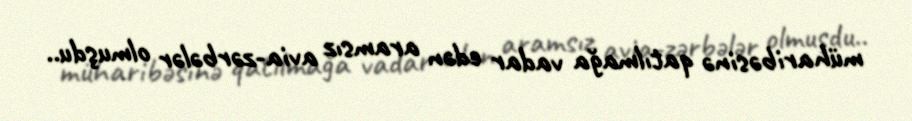
müharibəsinə qatılmağa vadar edən aramsız avia-zərbələr olmuşdu..